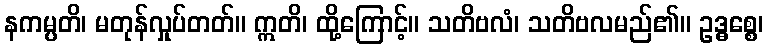
နကမ္ပတိ၊ မတုန်လှုပ်တတ်။ ဣတိ၊ ထို့ကြောင့်။ သတိဗလံ၊ သတိဗလမည်၏။ ဥဒ္ဓစ္စေ၊